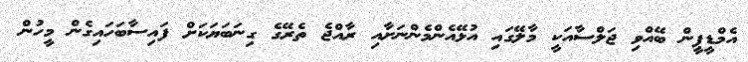
އެމްޑީޕީން ބޭއްވި ޖަލްސާއަކީ މާލޭގައި އުޅޭއެންމެންނަށާއި ރާއްޖެ ތެރޭގެ ގިނަބަޔަކަށް ފައިސާބަހައިގެން މީހުން